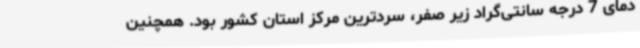
دمای 7 درجه سانتی‌گراد زیر صفر، سردترین مرکز استان کشور بود. همچنین